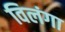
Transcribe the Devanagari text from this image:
विलंगा